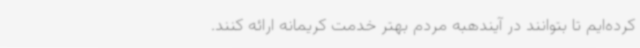
کرده‌ایم تا بتوانند در آیندهبه مردم بهتر خدمت کریمانه ارائه کنند.